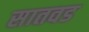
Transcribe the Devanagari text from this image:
सातवड